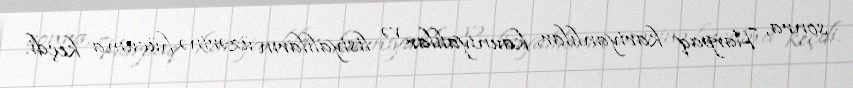
sonra, Harpaq kariyanlılar, kauniyalılar və lisiyalıların üzərinə hücuma keçdi.